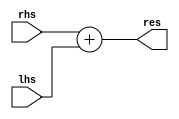
module fxp_add #(parameter WIDTH = 27) (
    input wire signed [WIDTH - 1:0] rhs,
    input wire signed [WIDTH - 1:0] lhs,
    output wire signed [WIDTH - 1:0] res
);
assign res = rhs + lhs;
endmodule